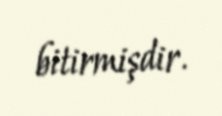
bitirmişdir.